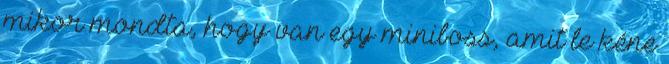
mikor mondta, hogy van egy miniboss, amit le kéne